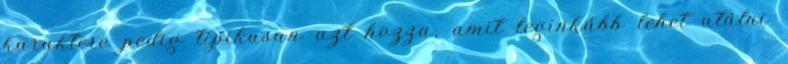
karaktere pedig tipikusan azt hozza, amit leginkább lehet utálni